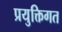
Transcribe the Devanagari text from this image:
प्रयुक्तिगत